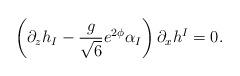
LaTeX: \begin{align*}\left( \partial_{z}h_{I}-\frac{g}{\sqrt{6}}e^{2\phi}\alpha_{I}\right)\partial_{x}h^{I}=0.\end{align*}